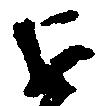
を